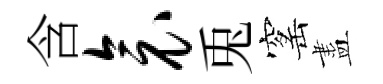
含衾兎窰盡